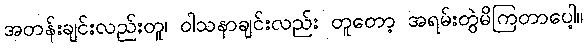
အတန်းချင်းလည်းတူ၊ ဝါသနာချင်းလည်း တူတော့ အရမ်းတွဲမိကြတာပေါ့။